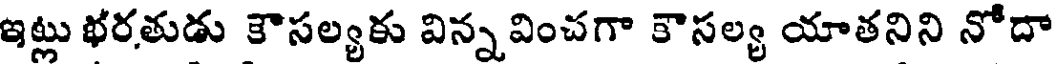
ఇట్లు భరతుడు కౌసల్యకు విన్నవించగా కౌసల్య యాతనిని నోదా